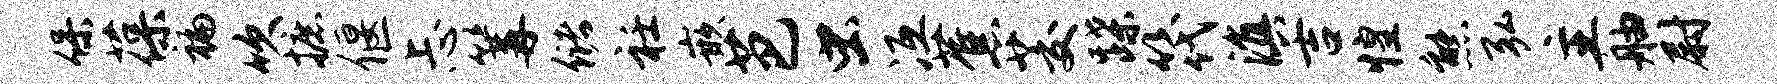
保葆褊吹摭偃忐篝储衽嵌芭虫冱蕉茭蹀筏滇吉惶熊弘主舳尉